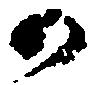
か